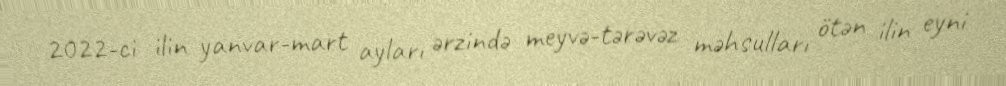
2022-ci ilin yanvar-mart ayları ərzində meyvə-tərəvəz məhsulları ötən ilin eyni